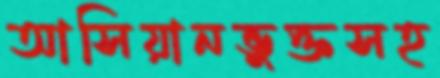
আসিয়ানভুক্তসহ